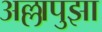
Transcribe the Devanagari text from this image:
अल्लापुझा